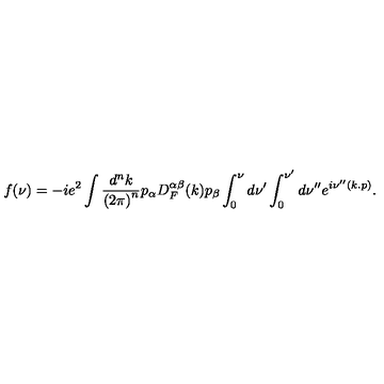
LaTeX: f ( \nu ) = - i e ^ { 2 } \int \frac { d ^ { n } k } { { ( 2 \pi ) } ^ { n } } p _ { \alpha } D _ { F } ^ { \alpha \beta } ( k ) p _ { \beta } \int _ { 0 } ^ { \nu } d \nu ^ { \prime } \int _ { 0 } ^ { \nu ^ { \prime } } d \nu ^ { \prime \prime } e ^ { i \nu ^ { \prime \prime } ( k . p ) } .